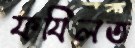
ফযিলত